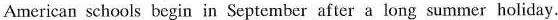
American schools begin in September after a long summer holiday.